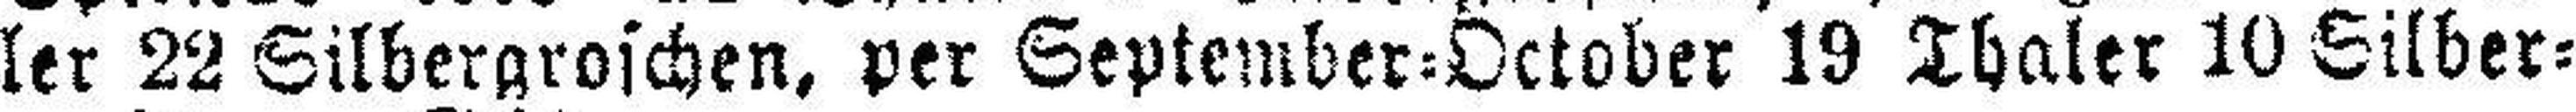
ler 22 Silbergroschen, per September=October 19 Thaler 10 Silber¬